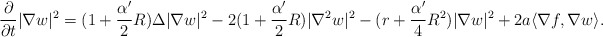
\begin{align*}\frac{\partial}{\partial t}|\nabla w|^2=(1+\frac{\alpha'}{2}R)\Delta|\nabla w|^2-2(1+\frac{\alpha'}{2}R)|\nabla^2w|^2-(r+\frac{\alpha'}{4}R^2)|\nabla w|^2+2a\langle\nabla f,\nabla w\rangle.\end{align*}